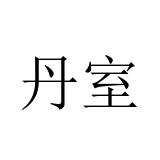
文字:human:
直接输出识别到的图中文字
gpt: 丹室